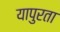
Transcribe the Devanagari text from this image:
यापुरता